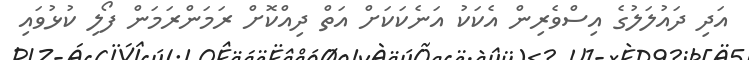
އަދި ދައުލަލުގެ އިސްވެރިން އެކަކު އަނެކަކަށް އަތް ދިއްކޮށް ރަމަންރަމަން ފޯލި ކުޅުވައި